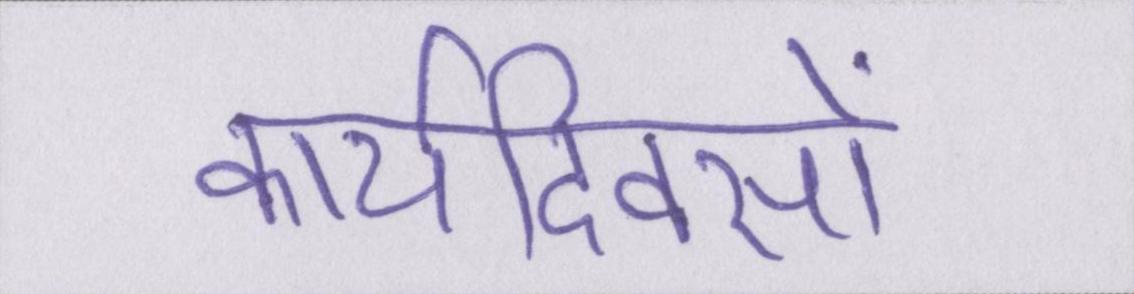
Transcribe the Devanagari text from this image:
कार्यदिवसों